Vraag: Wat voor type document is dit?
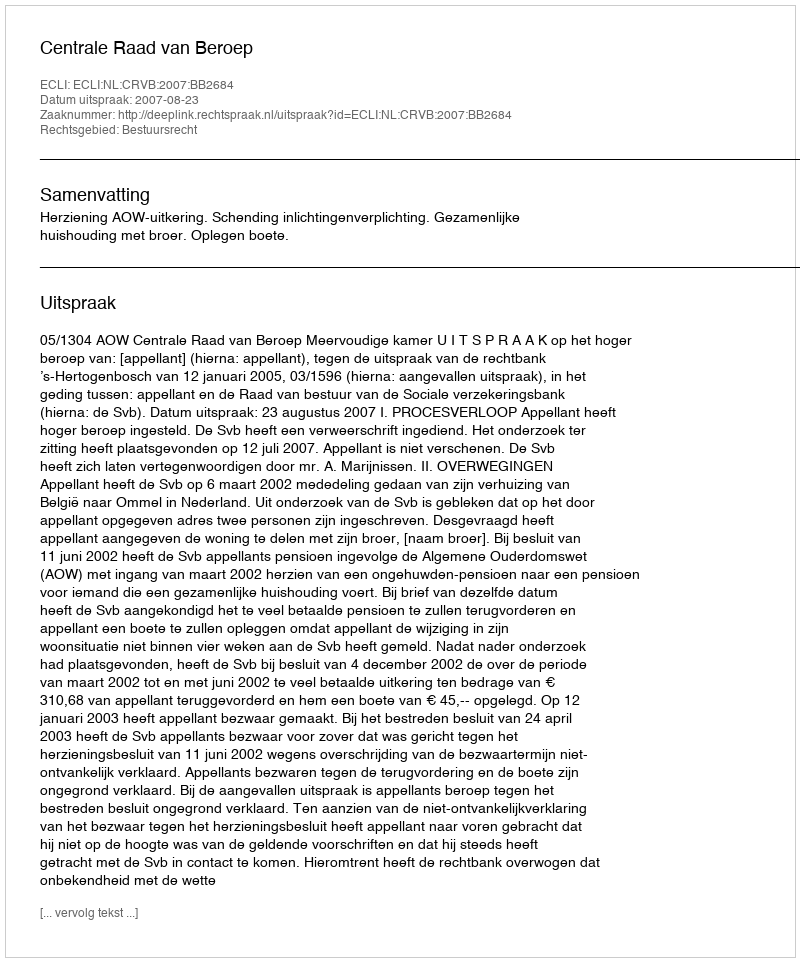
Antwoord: Uitspraak